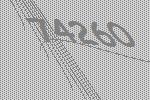
74260